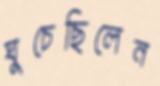
ঘুচেছিলেন